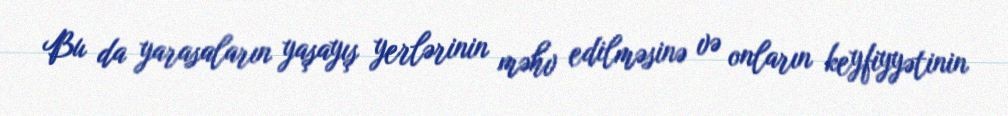
Bu da yarasaların yaşayış yerlərinin məhv edilməsinə və onların keyfiyyətinin